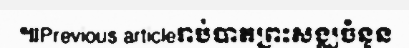
៕Previous articleរាប់បាតព្រះសង្ឈចំនួន